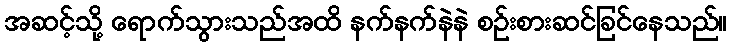
အဆင့်သို့ ရောက်သွားသည်အထိ နက်နက်နဲနဲ စဉ်းစားဆင်ခြင်နေသည်။